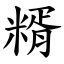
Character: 糈